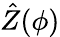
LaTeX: \hat{Z}(\phi)